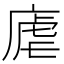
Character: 𪪛